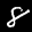
Label: 8